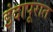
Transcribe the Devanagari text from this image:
इंदापूरात